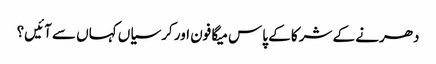
دھرنے کے شرکا کے پاس میگا فون اور کرسیاں کہاں سے آئیں؟